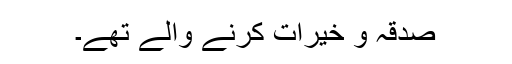
صدقہ و خیرات کرنے والے تھے۔